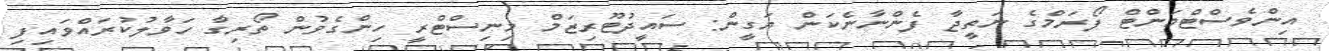
އިންވެސްޓްމަންޓް ފޯރަމްގެ ނަތީޖާ ފެންނާނެކަން ޔަގީން: ސައީދުޓޫރިޒަމް މިނިސްޓްރީ ހިންގެވުން ތޯރިގާ ހަވާލުކުރައްވައިފި